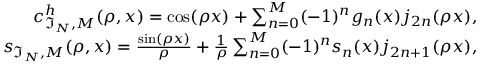
\begin{array} { r } { c _ { \mathfrak { I } _ { N } , M } ^ { h } ( \rho , x ) = \cos ( \rho x ) + \sum _ { n = 0 } ^ { M } ( - 1 ) ^ { n } g _ { n } ( x ) j _ { 2 n } ( \rho x ) , } \\ { s _ { \mathfrak { I } _ { N } , M } ( \rho , x ) = \frac { \sin ( \rho x ) } { \rho } + \frac { 1 } { \rho } \sum _ { n = 0 } ^ { M } ( - 1 ) ^ { n } s _ { n } ( x ) j _ { 2 n + 1 } ( \rho x ) , } \end{array}